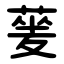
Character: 蓌